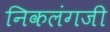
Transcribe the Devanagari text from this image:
निकलंगजी